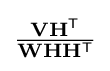
{\textstyle {\textstyle {\frac {\mathbf {V} \mathbf {H} ^{\mathsf {T}}}{\mathbf {W} \mathbf {H} \mathbf {H} ^{\mathsf {T}}}}}}